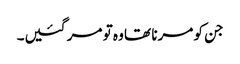
جن کو مرنا تھا وہ تو مر گئیں۔